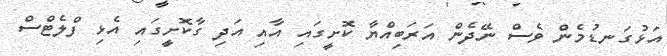
އަޅުގަނޑުމެން ވެސް ނޭދެން އަރަބިއްޔާ ކޮށީގައި އާއި އަދި ގާކޮށީގައި އެޅި ފްލެޓްސް